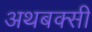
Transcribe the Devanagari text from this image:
अथबक्सी